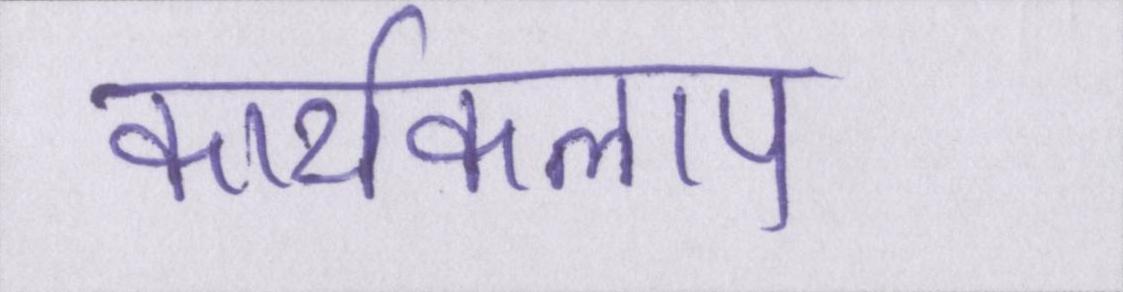
कार्यकलाप